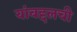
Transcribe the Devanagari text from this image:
यांबद्दलची